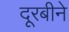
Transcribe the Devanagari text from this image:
दूरबीने